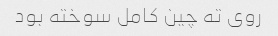
روی ته چین کامل سوخته بود